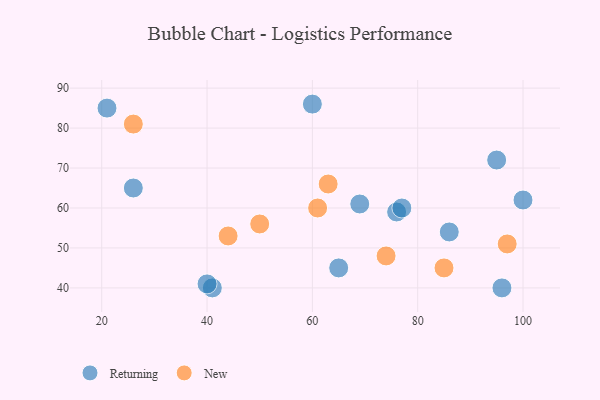
{"axis": {"x": "GDP", "y": "Life Expectancy"}, "legend": ["New", "Returning"], "data": [{"x": "96", "y": 40, "type": "Returning"}, {"x": "100", "y": 62, "type": "Returning"}, {"x": "41", "y": 40, "type": "Returning"}, {"x": "86", "y": 54, "type": "Returning"}, {"x": "60", "y": 86, "type": "Returning"}, {"x": "40", "y": 41, "type": "Returning"}, {"x": "26", "y": 65, "type": "Returning"}, {"x": "21", "y": 85, "type": "Returning"}, {"x": "76", "y": 59, "type": "Returning"}, {"x": "77", "y": 60, "type": "Returning"}, {"x": "69", "y": 61, "type": "Returning"}, {"x": "65", "y": 45, "type": "Returning"}, {"x": "95", "y": 72, "type": "Returning"}, {"x": "97", "y": 51, "type": "New"}, {"x": "63", "y": 66, "type": "New"}, {"x": "85", "y": 45, "type": "New"}, {"x": "74", "y": 48, "type": "New"}, {"x": "50", "y": 56, "type": "New"}, {"x": "26", "y": 81, "type": "New"}, {"x": "61", "y": 60, "type": "New"}, {"x": "44", "y": 53, "type": "New"}]}